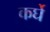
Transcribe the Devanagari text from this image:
कर्घे